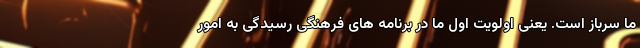
ما سرباز است. یعنی اولویت اول ما در برنامه های فرهنگی رسیدگی به امور